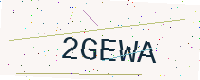
Text: 2GEWA